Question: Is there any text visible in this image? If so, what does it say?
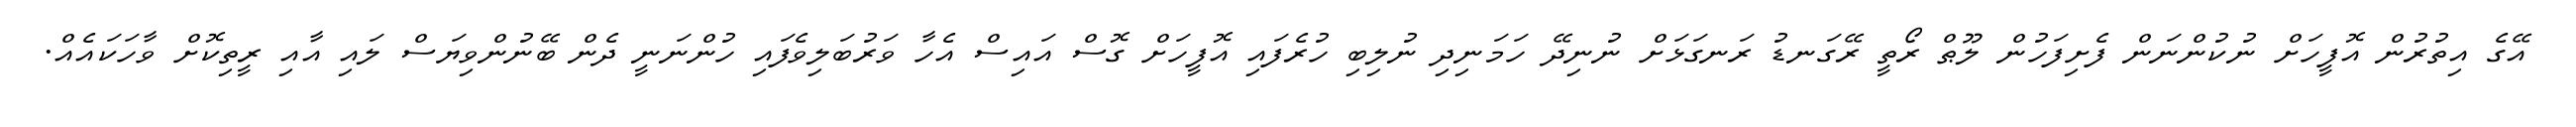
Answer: އޭގެ އިތުރުން އޮފީހަށް ނުކުންނަން ފެށިފަހުން ލޫޠް ރޯތީ ރޭގަނޑު ރަނގަޅަށް ނުނިދޭ ހަމަނިދި ނުލިބި ހުރެފައި އޮފީހަށް ގޮސް އައިސް އެހާ ވަރުބަލިވެފައި ހުންނަނީ ދެން ބޭނުންވިޔަސް ލައި އާއި ރީތިކޮށް ވާހަކައެއް.